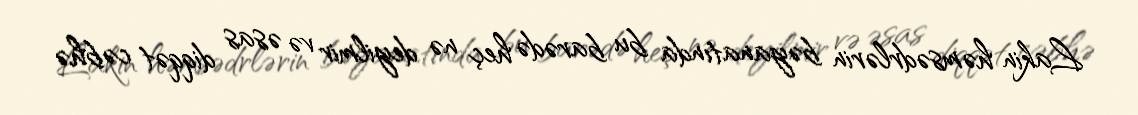
Lakin həmsədrlərin bəyanatında bu barədə heç nə deyilmir və əsas diqqət cəbhə